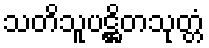
သတိသူပဋ္ဌိတသုတ္တံ